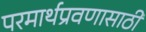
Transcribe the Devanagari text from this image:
परमार्थप्रवणासाठी